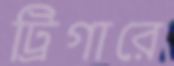
ট্রিগারে